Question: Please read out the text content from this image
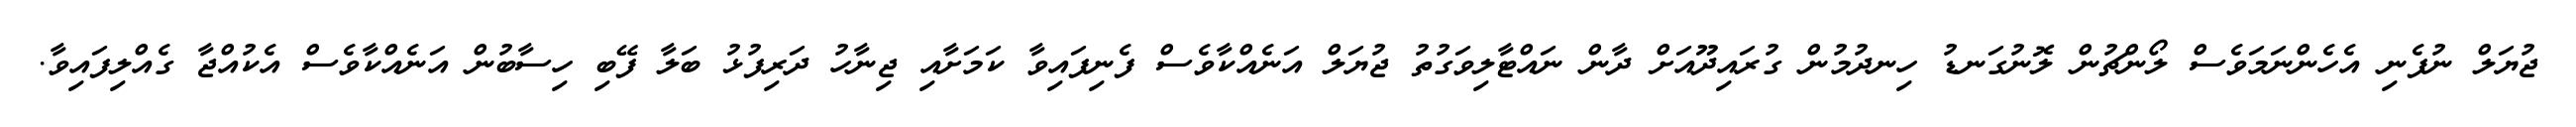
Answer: ޖުޔަލް ނުފެނި އެހެންނަމަވެސް ލޯންޗުން ލޮނުގަނޑު ހިނދުމުން ގުރައިދޫއަށް ދާން ނައްޓާލިވަގުތު ޖުޔަލް އަނެއްކާވެސް ފެނިފައިވާ ކަމަށާއި ޖިނާހު ދަރިފުޅު ބަލާ ފޭބި ހިސާބުން އަނެއްކާވެސް އެކުއްޖާ ގެއްލިފައިވާ.